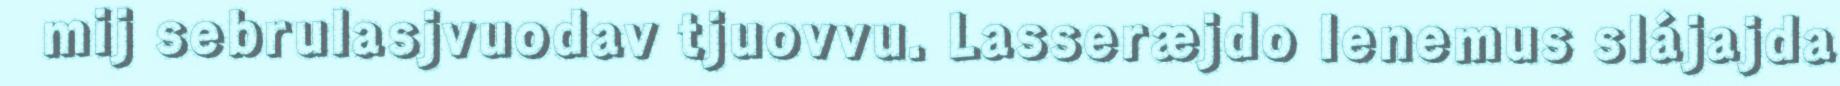
mij sebrulasjvuodav tjuovvu. Lasseræjdo Ienemus slájajda